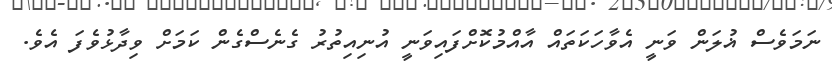
ނަމަވެސް ޣުލަން ވަނީ އެވާހަކަތައް އާއްމުކޮށްފައިވަނީ އުނިއިތުރު ގެނެސްގެން ކަމަށް ވިދާޅުވެފަ އެވެ.